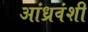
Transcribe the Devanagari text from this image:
आंध्रवंशी